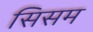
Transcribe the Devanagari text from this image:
सिसम